画像に写った文字を読んでください
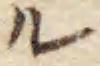
「ル」と書いてあります